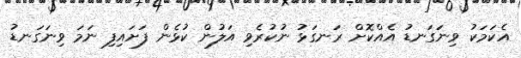
އެކަމަކު ވިނަގަނޑު އެއްކޮށް ރަނގަޅު ނުކުރެވި އަލުން ކުޅެން ފަށައިފި ނަމަ ވިނަގަނޑު